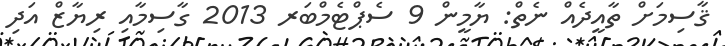
ޤާސިމަށް ތާއީދެއް ނެތް: ޔާމީން 9 ސެޕްޓެމްބަރ 2013 ގާސިމާއި ރިޔާޒް އަދި